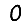
Digit: 0